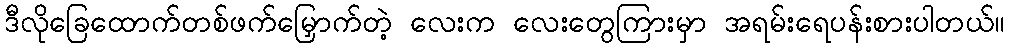
ဒီလိုခြေထောက်တစ်ဖက်မြှောက်တဲ့ လေးက လေးတွေကြားမှာ အရမ်းရေပန်းစားပါတယ်။